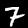
Digit: 7